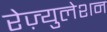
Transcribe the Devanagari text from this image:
रेज़्युलेशन